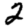
Digit: 2